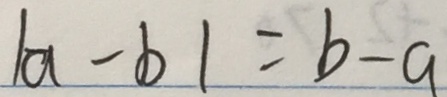
\vert a - b \vert = b - a